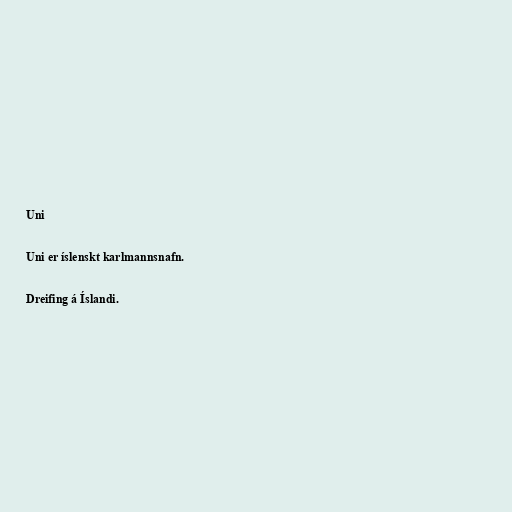
Uni

Uni er íslenskt karlmannsnafn.

Dreifing á Íslandi.